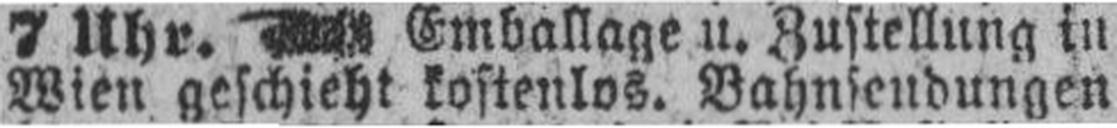
Wien geschieht kostenlos. Bahnsendungen